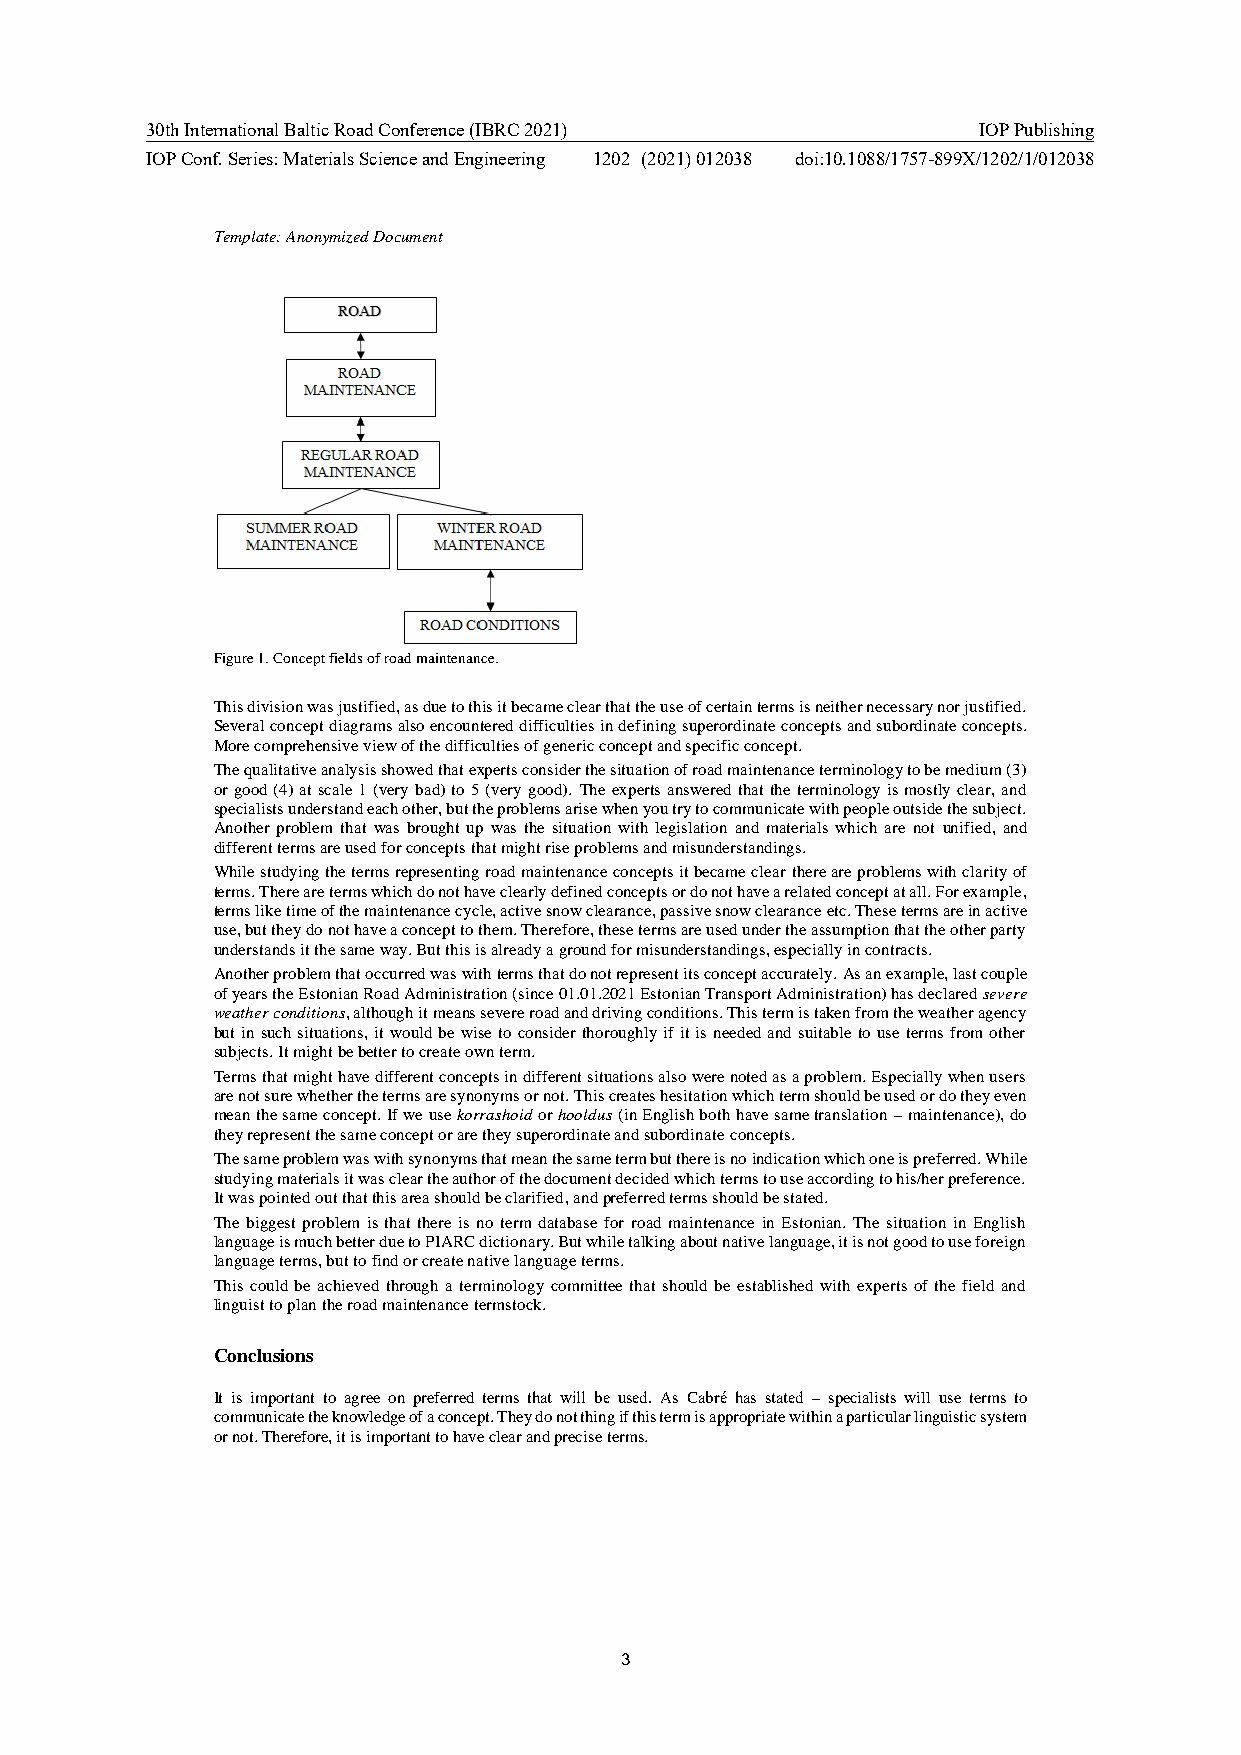
30th International Baltic Road Conference (IBRC 2021)  IOP Publishing
 IOP Conf. Series: Materials Science and Engineering 1202 (2021) 012038 doi:10.1088/1757-899X/1202/1/012038
 Template: Anonymized Document
 Figure 1. Concept fields of road maintenance.
 This division was justified, as due to this it became clear that the use of certain terms is neither necessary nor justified.
 Several concept diagrams also encountered difficulties in defining superordinate concepts and subordinate concepts.
 More comprehensive view of the difficulties of generic concept and specific concept.
 The qualitative analysis showed that experts consider the situation of road maintenance terminology to be medium (3)
 or good (4) at scale 1 (very bad) to 5 (very good). The experts answered that the terminology is mostly clear, and
 specialists understand each other, but the problems arise when you try to communicate with people outside the subject.
 Another problem that was brought up was the situation with legislation and materials which are not unified, and
 different terms are used for concepts that might rise problems and misunderstandings.
 While studying the terms representing road maintenance concepts it became clear there are problems with clarity of
 terms. There are terms which do not have clearly defined concepts or do not have a related concept at all. For example,
 terms like time of the maintenance cycle, active snow clearance, passive snow clearance etc. These terms are in active
 use, but they do not have a concept to them. Therefore, these terms are used under the assumption that the other party
 understands it the same way. But this is already a ground for misunderstandings, especially in contracts.
 Another problem that occurred was with terms that do not represent its concept accurately. As an example, last couple
 of years the Estonian Road Administration (since 01.01.2021 Estonian Transport Administration) has declared severe
 weather conditions, although it means severe road and driving conditions. This term is taken from the weather agency
 but in such situations, it would be wise to consider thoroughly if it is needed and suitable to use terms from other
 subjects. It might be better to create own term.
 Terms that might have different concepts in different situations also were noted as a problem. Especially when users
 are not sure whether the terms are synonyms or not. This creates hesitation which term should be used or do they even
 mean the same concept. If we use korrashoid or hooldus (in English both have same translation – maintenance), do
 they represent the same concept or are they superordinate and subordinate concepts.
 The same problem was with synonyms that mean the same term but there is no indication which one is preferred. While
 studying materials it was clear the author of the document decided which terms to use according to his/her preference.
 It was pointed out that this area should be clarified, and preferred terms should be stated.
 The biggest problem is that there is no term database for road maintenance in Estonian. The situation in English
 language is much better due to PIARC dictionary. But while talking about native language, it is not good to use foreign
 language terms, but to find or create native language terms.
 This could be achieved through a terminology committee that should be established with experts of the field and
 linguist to plan the road maintenance termstock.
 Conclusions
 It is important to agree on preferred terms that will be used. As Cabré has stated – specialists will use terms to
 communicate the knowledge of a concept. They do not thing if this term is appropriate within a particular linguistic system
 or not. Therefore, it is important to have clear and precise terms.
 3